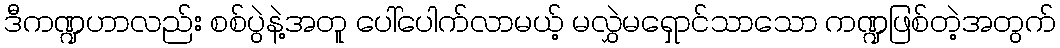
ဒီကဏ္ဍဟာလည်း စစ်ပွဲနဲ့အတူ ပေါ်ပေါက်လာမယ့် မလွှဲမရှောင်သာသော ကဏ္ဍဖြစ်တဲ့အတွက်